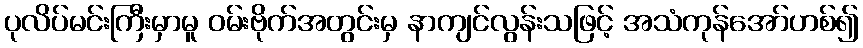
ပုလိပ်မင်းကြီးမှာမူ ဝမ်းဗိုက်အတွင်းမှ နာကျင်လွန်းသဖြင့် အသံကုန်အော်ဟစ်၍